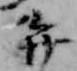
弁